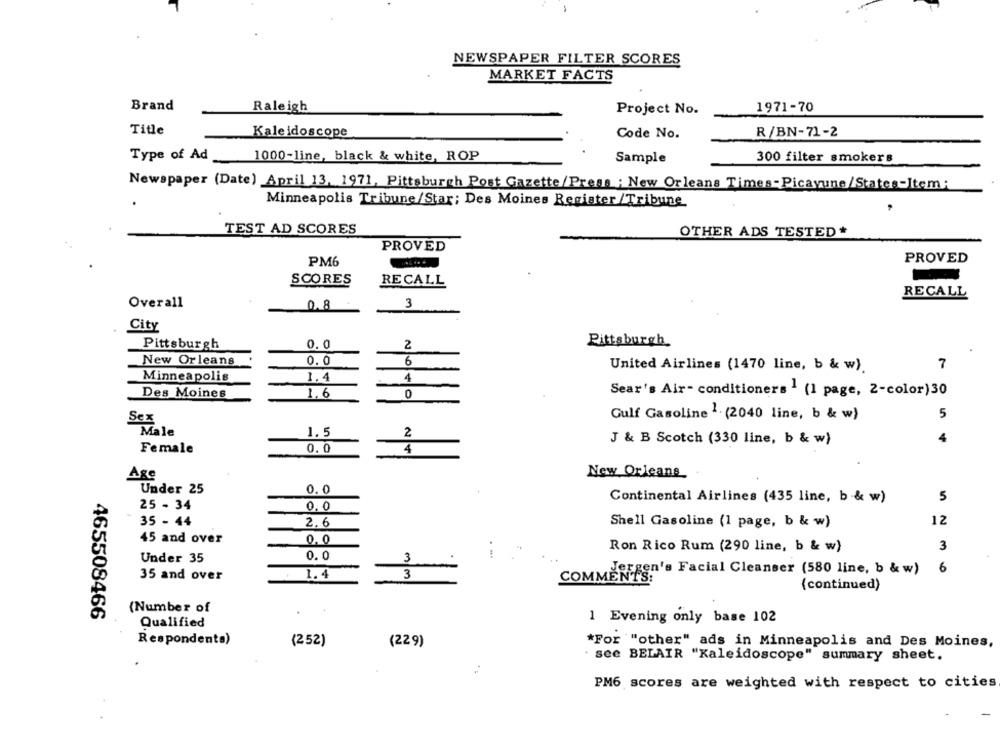
NEWSPAPER FILTER SCORES
MARKET FACTS
Brand
Raleigh
Project No.
1971-70
Title
Kaleidoscope
Code No.
R/BN-71-2
Type of Ad
1000-line, black & white, ROP
Sample
300 filter smokers
Newspaper (Date) April 13, 1971, Pittsburgh Post Gazette/Press ; New Orleans Times-Picayune/States-Item:
Minneapolis Tribune/Star; Des Moines Register /Tribune
TEST AD SCORES
OTHER ADS TESTED*
PROVED
PM6
PROVED
SCORES
RECALL
RECALL
Overall
0.8
3
City
Pittsburgh
0.0
2
Pittsburgh.
New Orleans
0.0
6
United Airlines (1470 line, b & w).
7
Minneapolis
1.4
4
Des Moines
1.6
0
Sear's Air- conditioners 1 (1 page, 2-color)30
Sex
Gulf Gasoline 1. (2040 line, b & w)
5
Male
1.5
2
J & B Scotch (330 line, b & w)
4
Female
0.0
4
Age
New Orleans
Under 25
0.0
Continental Airlines (435 line, b & w)
5
25 - 34
0,0
35 - 44
2.6
Shell Gasoline (1 page, b & w)
12
45 and over
0.0
Ron Rico Rum (290 line, b & w)
3
0. 0
Under 35
3
6
35 and over
1.4
3
COMMERSon's Facial Cleanser (580 line, b & w)
(continued)
465508466
(Number of
Qualified
1 Evening only base 102
Respondents)
(252)
(229)
*For "other" ads in Minneapolis and Des Moines,
see BELAIR "Kaleidoscope" summary sheet.
PM6 scores are weighted with respect to cities